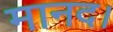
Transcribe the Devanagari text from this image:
मानद।